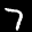
Label: 7